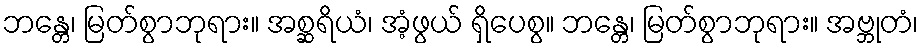
ဘန္တေ၊ မြတ်စွာဘုရား။ အစ္ဆရိယံ၊ အံ့ဖွယ် ရှိပေစွ။ ဘန္တေ၊ မြတ်စွာဘုရား။ အဗ္ဘုတံ၊